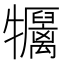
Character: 𤜏